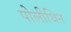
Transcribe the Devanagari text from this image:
पोलीथिन